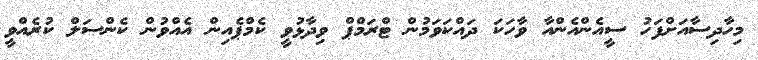
މިހާދިސާއަށްފަހު ސީއެންއެންއާ ވާހަކަ ދައްކަވަމުން ޓްރަމްޕް ވިދާޅުވީ ކެމްޕެއިން އެއްވުން ކެންސަލް ކުރެއްވީ